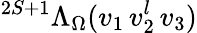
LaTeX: {}^{2S+1}\Lambda_{\Omega}(v_{1}\, v_{2}^{l}\, v_{3})